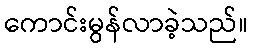
ကောင်းမွန်လာခဲ့သည်။